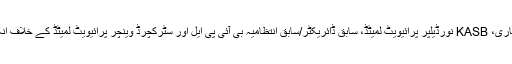
اجلاس میں عارف علی شاہ بخاری، KASB نورڈیلپر پرائیویٹ لمیٹڈ، سابق ڈائریکٹر/سابق انتظامیہ بی آئی پی ایل اور سٹرکچرڈ وینچر پرائیویٹ لمیٹڈ کے خلاف انکوائری کی منظوری دی گئی۔